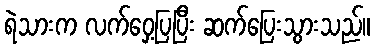
ရဲသားက လက်ဝှေ့ပြပြီး ဆက်ပြေးသွားသည်။